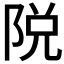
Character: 𨹪